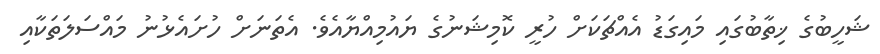
ޝަހީބުގެ ޚިތާބުގައި މައިގަޑު އެއްޗަކަށް ހުރީ ކޮމިޝަނުގެ ޔައުމިއްޔާއެވެ. އެތަނަށް ހުށައެޅުނު މައްސަލަތަކާއި